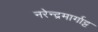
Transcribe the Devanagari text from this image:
नरेन्द्रमार्गाट्ट